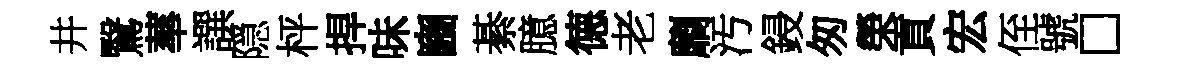
井鷖蕐譔隠枰捍味豳綦臆德老劘汚鋟匆榮貢宏侄號□